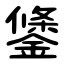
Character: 鎥